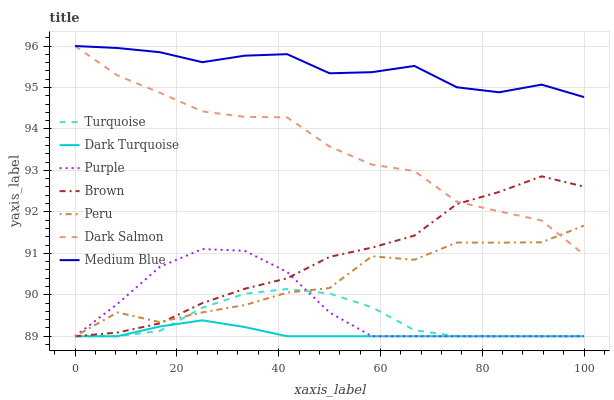
| xaxis_label | Turquoise | Dark Turquoise | Purple | Brown | Peru | Dark Salmon | Medium Blue |
 | --- | --- | --- | --- | --- | --- | --- | --- |
 | 0 | 89 | 89 | 89 | 89 | 89 | 96 | 96 |
 | 8.33 | 89 | 89 | 89.8 | 89.1 | 89.6 | 95.3 | 96 |
 | 16.7 | 89.1 | 89.2 | 90.7 | 89.3 | 89.3 | 94.9 | 95.9 |
 | 25 | 89.7 | 89.4 | 91.1 | 89.8 | 89.6 | 94.4 | 95.6 |
 | 33.3 | 90 | 89.2 | 91.1 | 90.1 | 89.8 | 94.3 | 95.8 |
 | 41.7 | 90.1 | 89 | 90.6 | 90.4 | 90.1 | 94.3 | 95.8 |
 | 50 | 90 | 89 | 89.6 | 90.9 | 90.2 | 93.6 | 95.3 |
 | 58.3 | 89.7 | 89 | 89 | 91.1 | 90.9 | 93.1 | 95.4 |
 | 66.7 | 89.1 | 89 | 89 | 91.4 | 90.8 | 93 | 95.5 |
 | 75 | 89 | 89 | 89 | 92.2 | 91.3 | 92.2 | 95 |
 | 83.3 | 89 | 89 | 89 | 92.5 | 91.3 | 92 | 94.9 |
 | 91.7 | 89 | 89 | 89 | 92.9 | 91.3 | 91.8 | 95.1 |
 | 100 | 89 | 89 | 89 | 92.6 | 91.7 | 91 | 94.8 |